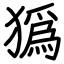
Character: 㺔